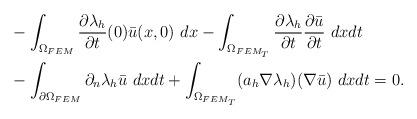
LaTeX: \begin{align*} &- \int_{\Omega_{FEM}} \frac{\partial{\lambda_h}}{\partial t}(0) \bar{u}(x,0) ~dx - \int_{\Omega_{FEM_T}} \frac{\partial \lambda_h}{\partial t} \frac{\partial \bar{u}}{\partial t}~ dxdt \\&- \int_{\partial \Omega_{FEM}} \partial_n \lambda_h \bar{u} ~ dxdt + \int_{\Omega_{FEM_T}} ( a_h \nabla \lambda_h) (\nabla \bar{u}) ~ dxdt = 0.\end{align*}